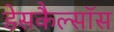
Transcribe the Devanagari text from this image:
डेसकैल्सॉस